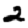
Digit: 2